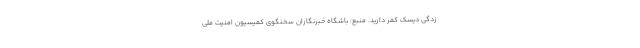
زدگى ديسک كمر داريد. منبع: باشگاه خبرنگاران سخنگوی کمیسیون امنیت ملی